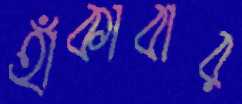
হাঁকাবার